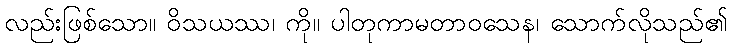
လည်းဖြစ်သော။ ဝိသယဿ၊ ကို။ ပါတုကာမတာဝသေန၊ သောက်လိုသည်၏